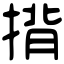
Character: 揹